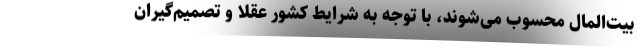
بیت‌المال محسوب می‌شوند، با توجه به شرایط کشور عقلا و تصمیم‌گیران